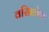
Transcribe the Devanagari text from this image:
वसिष्ठोक्त